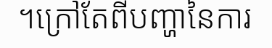
។ក្រៅតែពីបញ្ហានៃការ